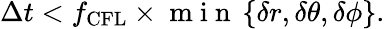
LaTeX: \begin{array}{r}{\Delta t<f_{\mathrm{CFL}}\times\mathrm{~m~i~n~}\left\{ \delta r,\delta\theta,\delta\phi\right\} .}\end{array}